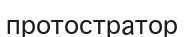
протостратор